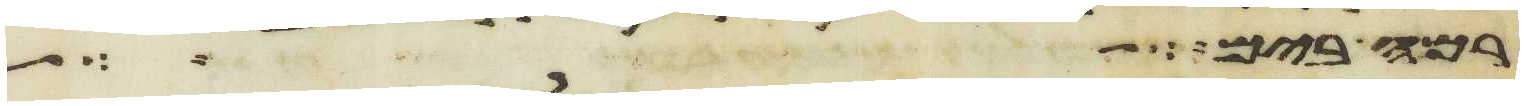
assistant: רמה בים